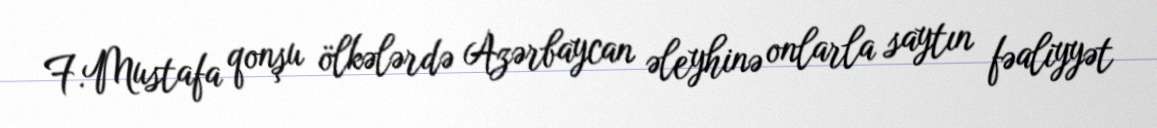
F.Mustafa qonşu ölkələrdə Azərbaycan əleyhinə onlarla saytın fəaliyyət